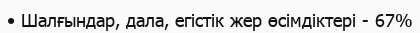
• Шалғындар, дала, егістік жер өсімдіктері - 67%